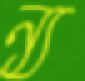
ন্য